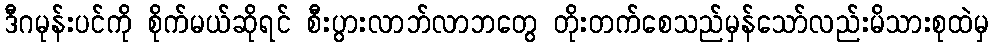
ဒီဂမုန်းပင်ကို စိုက်မယ်ဆိုရင် စီးပွားလာဘ်လာဘတွေ တိုးတက်စေသည်မှန်သော်လည်းမိသားစုထဲမှ